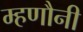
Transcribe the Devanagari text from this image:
म्हणौनी